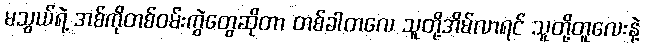
မသွယ်ရဲ့ အစ်ကိုတစ်ဝမ်းကွဲတွေဆိုတာ တစ်ခါတလေ သူတို့အိမ်လာရင် သူတို့တူလေးနဲ့